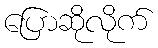
ပြောဆိုလိုက်